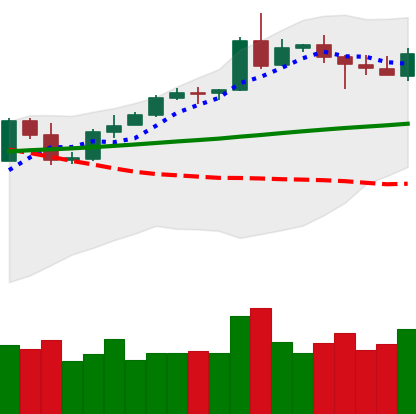
Ticker: ETH-USD
Chart end date: 2020-05-07
Forward return: -10.823%
Label: down_7plus